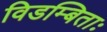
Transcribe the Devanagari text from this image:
विडम्बिताः